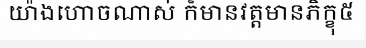
យ៉ាងហោចណាស់ ក៏មានវត្តមានភិក្ខុ៥